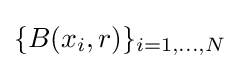
\{B(x_{i},r)\}_{i=1,...,N}